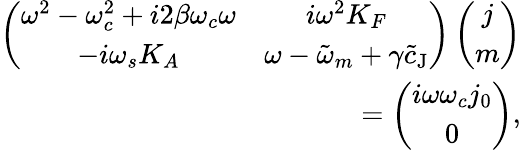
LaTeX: \begin{array}{r}{\left(\begin{array}{cc}{\omega^{2}-\omega_{c}^{2}+i2\beta\omega_{c}\omega}&{i\omega^{2}K_{F}}\\ {-i\omega_{s}K_{A}}&{\omega-\tilde{\omega}_{m}+\gamma\tilde{c}_{\mathrm{J}}}\end{array}\right)\left(\begin{array}{c}{j}\\ {m}\end{array}\right)}\\ {=\left(\begin{array}{c}{i\omega\omega_{c}j_{0}}\\ {0}\end{array}\right),}\end{array}